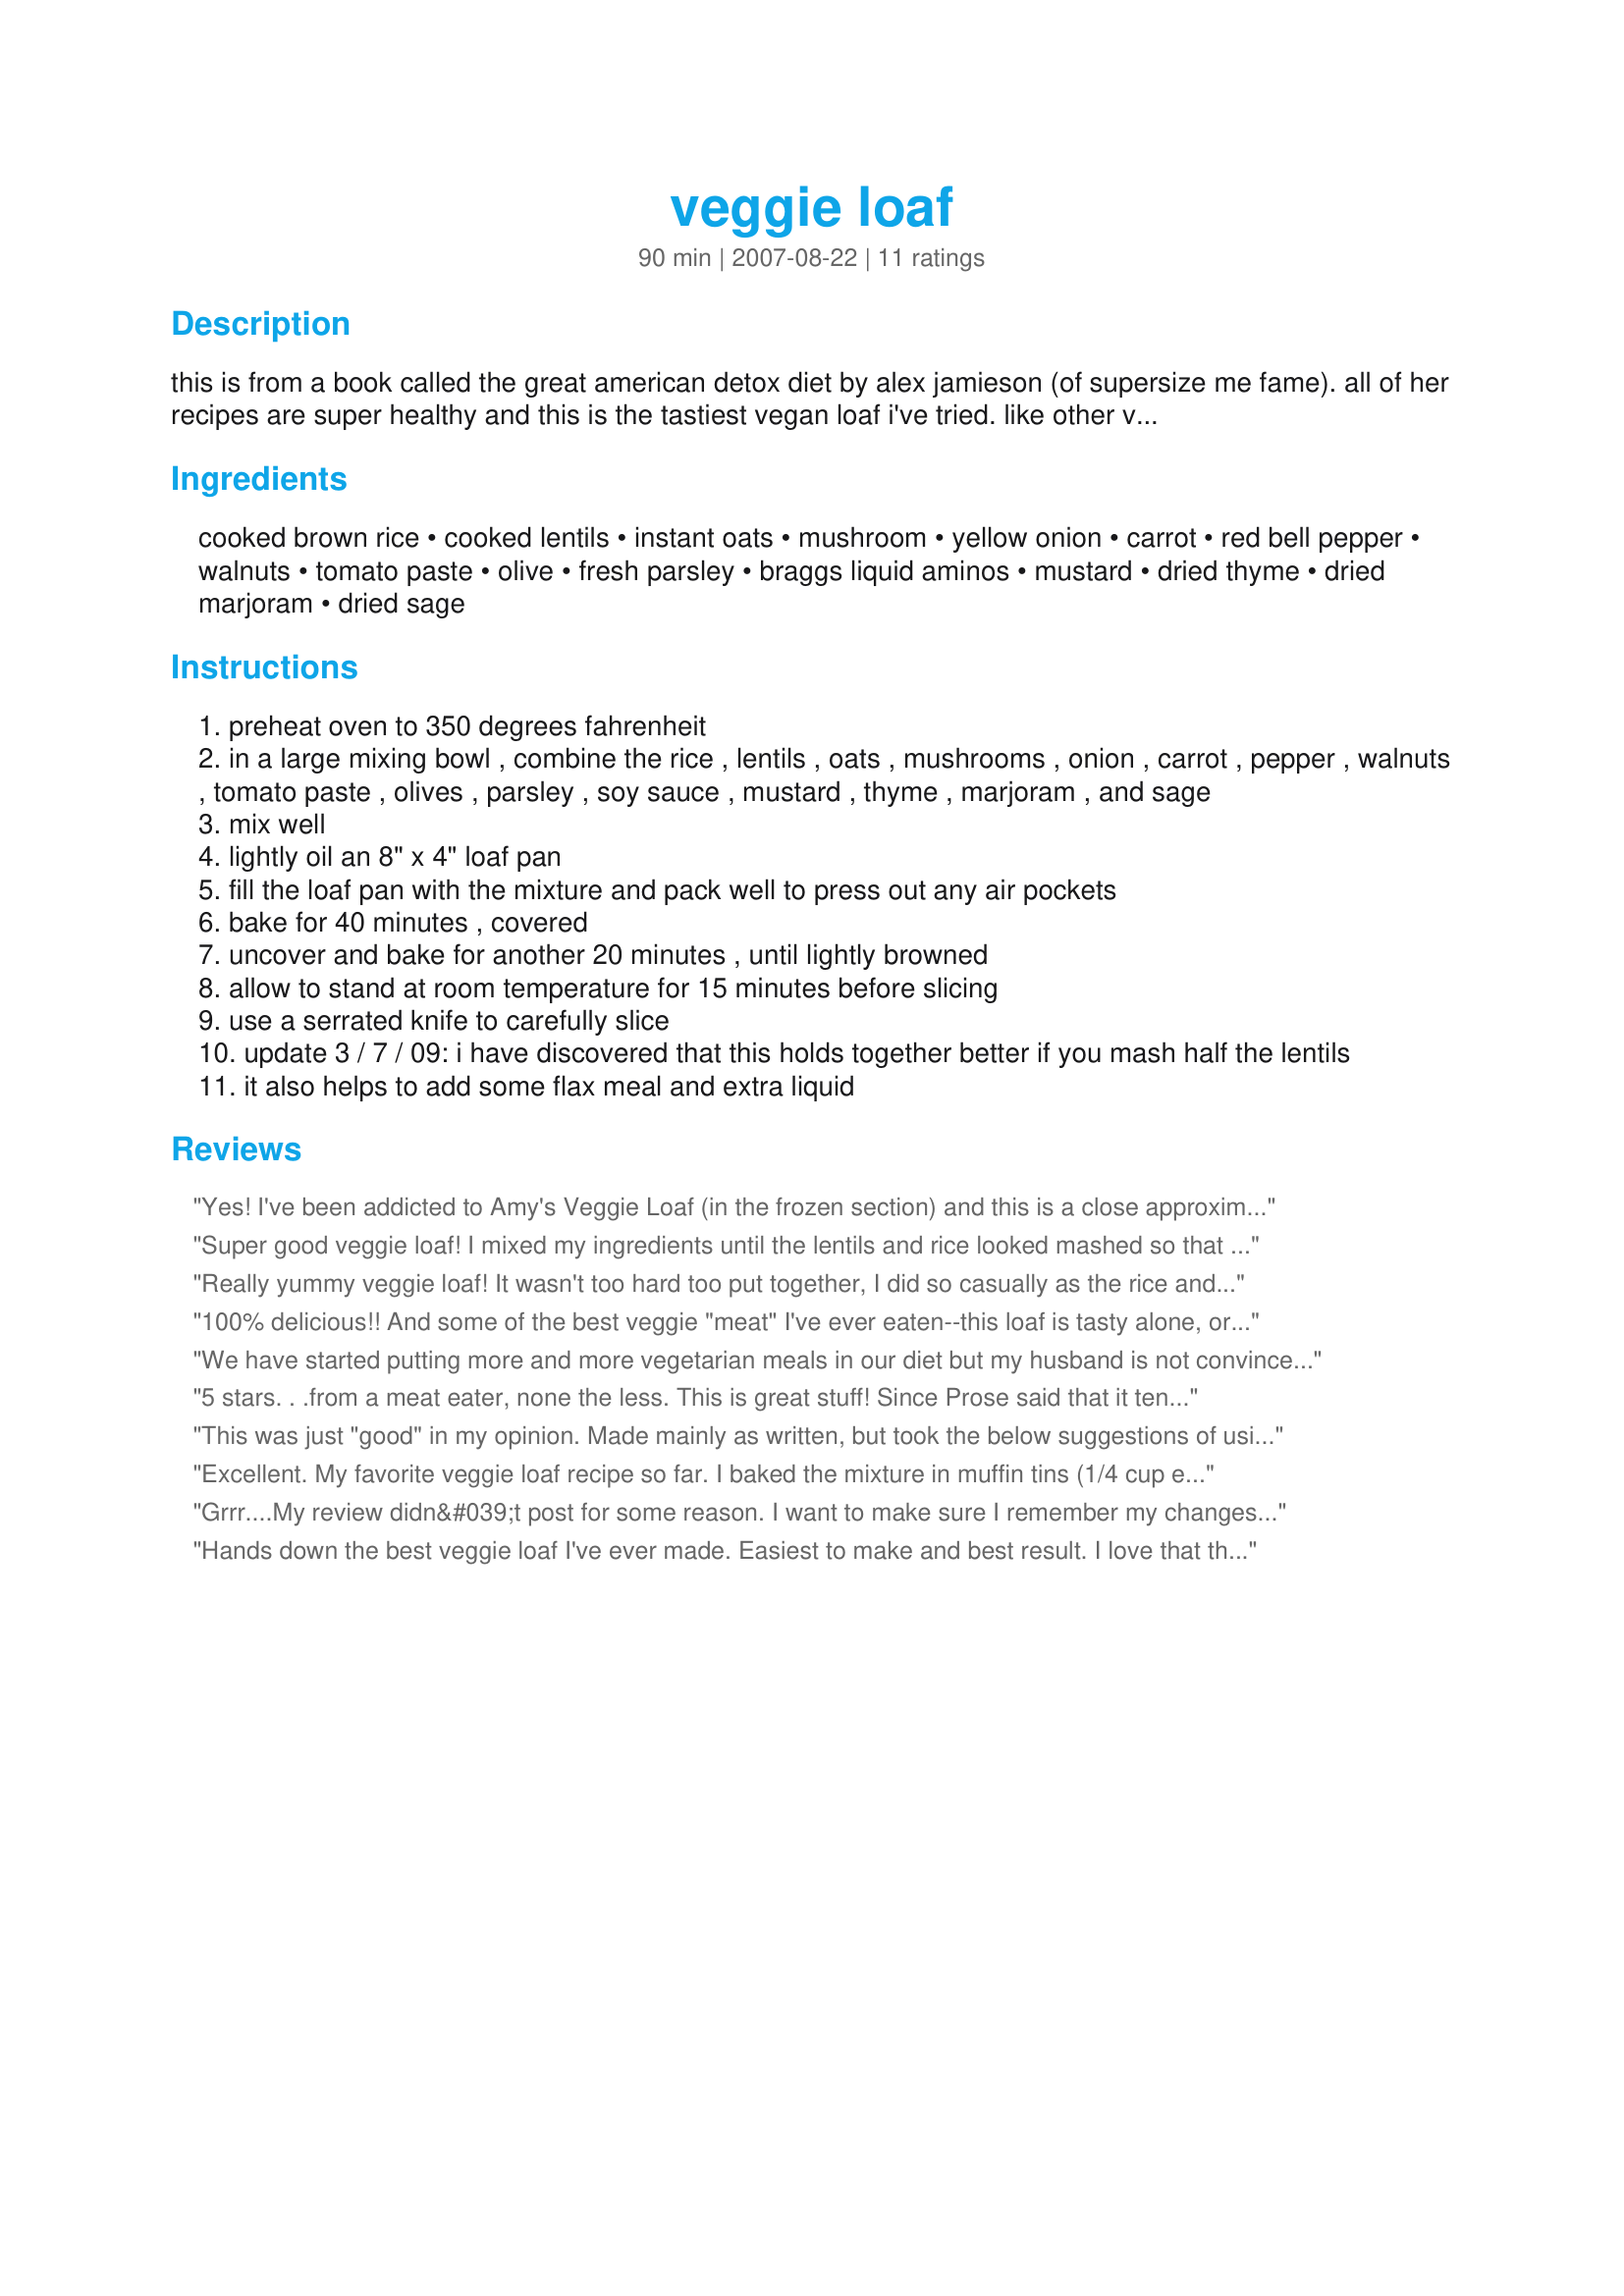
veggie loaf
Preparation time: 90 minutes

this is from a book called the great american detox diet by alex jamieson (of supersize me fame). all of her recipes are super healthy and this is the tastiest vegan loaf i've tried. like other vegan loaves, this is more fragile than meatloaf. be sure to let it cool about 15 minutes before slicing, and even then expect some crumbling.

Ingredients:
cooked brown rice, cooked lentils, instant oats, mushroom, yellow onion, carrot, red bell pepper, walnuts, tomato paste, olive, fresh parsley, braggs liquid aminos, mustard, dried thyme, dried marjoram, dried sage

Steps:
preheat oven to 350 degrees fahrenheit
in a large mixing bowl , combine the rice , lentils , oats , mushrooms , onion , carrot , pepper , walnuts , tomato paste , olives , parsley , soy sauce , mustard , thyme , marjoram , and sage
mix well
lightly oil an 8" x 4" loaf pan
fill the loaf pan with the mixture and pack well to press out any air pockets
bake for 40 minutes , covered
uncover and bake for another 20 minutes , until lightly browned
allow to stand at room temperature for 15 minutes before slicing
use a serrated knife to carefully slice
update 3 / 7 / 09: i have discovered that this holds together better if you mash half the lentils
it also helps to add some flax meal and extra liquid

Reviews:
Yes! I've been addicted to Amy's Veggie Loaf (in the frozen section) and this is a close approximation of that. The only thing missing is the "gravy" that Amy makes... which seems to be a tomato-based sauce. This takes a little while to prep, but rewards you with a tasty, nutty, veggie-licious loaf! Mine did not have any problems crumbling either (I used waxed paper to really smoosh it into the pan).
Super good veggie loaf! I mixed my ingredients until the lentils and rice looked mashed so that there was no prob making sticking together. Feels healthy and great! I ate this with some mashed cauliflower and vegetarian gravy Recipe #281357.
Really yummy veggie loaf! It wasn't too hard too put together, I did so casually as the rice and lentils cooked. I used the whole can of tomato paste (the small one), which was about twice what was called for, based on the additional comments, and that worked great - it wasn't overly crumbly at all. I think I'll do like magpie did and adjust the seasonings a bit, add pepper and garlic, and probably not add the marjoram, but that's just personal taste. :) Thanks, Prose - awesome recipe! Made for Veggie Swap 16.
100% delicious!! And some of the best veggie "meat" I've ever eaten--this loaf is tasty alone, or in a sandwich! Based on some of the other reviews, I semi-mashed the lentils, used a 6 ounce can of tomato paste, replaced the dried marjoram with dried oregano, and added two cloves of (minced) garlic. Plus I used Kalamata olives, reduced-sodium soy sauce, and added 1/2 teaspoon of salt. It did take some time to get everything together (I did all of the chopping/grating/mincing by hand)--but it also made a lot, and held up really well in the fridge. I've been looking for more meatless dinner options, and this is an excellent one; we'll definitely have it again! Thanks so much, Prose, for a great recipe!! (Tagged, made, and reviewed for Healthy Choices ABC Game.)
We have started putting more and more vegetarian meals in our diet but my husband is not convinced we should ever go entirely meatless. With that said, he loved this recipe. As others suggested, I made individual loaves in a muffin pan. I also added a minced seedless jalapeno. The result was not spicy but had a great taste. Thanks!
5 stars. . .from a meat eater, none the less. This is great stuff! Since Prose said that it tends to fall apart when cutting, I just made them into individual serving loaves (and crossed my fingers) and it worked awesome. I cut recipe in half and made the following changes to the recipe: I added 2 T of Andreas Steak Sauce for flavor, used black lentils and used the full 1/4 cup tomato paste. I LOVED the flavor of the walnuts. I served them atop garlic mashed potatoes for a great meal! My husband even went back for seconds. . .I love it! Made for Veg*n Tag.
This was just "good" in my opinion. Made mainly as written, but took the below suggestions of using 1-6oz can tomato paste and mashing half the lentils. Mine wasn't crumbly at all. However the texture came out pretty mushy. Also I found that the red bell pepper was the dominant flavor, and otherwise it was rather bland. I liked that this was a veggie loaf that was actually made with veggies unlike many others, but this wasn't the "it" recipe for me. Good jumping off point.------Ok had to come back to say that this is REALLY really really good cold as leftovers. Just ate half the loaf. If I could just solve the mushy issue! I'll probably keep playing with this.
Excellent. My favorite veggie loaf recipe so far. I baked the mixture in muffin tins (1/4 cup each - 12 muffins) so that the cooking time was reduced and there was a nice brown crust on each serving (also no problem with it falling apart as there was no slicing required). Made a few modifications: Per previous reviews, I mashed some of the lentils and used 3/4 can of tomato sauce instead of the paste. I omitted the mushrooms (but served with cooked mushrooms -- yummy!). Also I also used mixed nuts rather than walnuts. Thanks for sharing. I will make this often.
Grrr....My review didn&#039;t post for some reason. I want to make sure I remember my changes because I know I&#039;ll be making this again. This was a delicious recipe as is I&#039;m sure, but my changes were to use, both red and green bell pepper, more tomato paste and olives, almonds instead of walnuts, cilantro instead of parsley, 1 T. of soy sauce, baked in a muffin tins, uncovered for 40 mins. Loved the crispy edges! Served with mashed potatoes, gravy and salad. Loved it tonight, and looking forward to leftovers. It was flavorful without being over the top. Thanks for the keeper recipe.
Hands down the best veggie loaf I've ever made. Easiest to make and best result. I love that this recipe didn't require sauteeing the onion etc beforehand. It's a snap to boil up some lentils, and even easier if you have leftover rice, as I happened to have tonight. I had to try this recipe once I read that BerrySweet compared it to Amy's Veggie Loaf, of which I am also a HUGE fan. This is very similar in flavour and texture...dare I say maybe a little better? I adjusted the seasoning very slightly with a bit of pepper & garlic. Be sure to chop up the onion really well otherwise you'll be left with half cooked bits in the finished loaf. As per point #6 I added some extra liquid and mashed half of the lentils. I also doubled the recipe...was a bit of a long process mixing it all together, but just have patience, it comes together. Thanks Prose - 10 stars!!
It turned out pretty good. I use some quinoa instead of brown rice since I had that already cooked. I baked it in muffin tin as suggested. I think I am going to try it with some coconut milk instead of the tomato paste. I don't really like tomato paste bu I tried to stick as close to the recipe as possible. Now its tweaking time! I will let you know how it turned out
